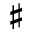
\sharp